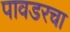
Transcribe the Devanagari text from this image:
पावडरचा